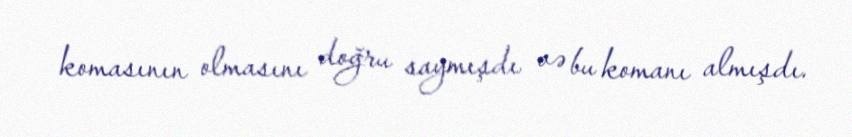
komasının olmasını doğru saymışdı və bu komanı almışdı.